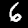
Digit: 6